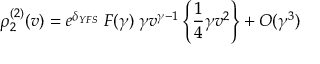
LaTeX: \rho _ { 2 } ^ { ( 2 ) } ( v ) = e ^ { \delta _ { Y F S } } \; F ( \gamma ) \; \gamma v ^ { \gamma - 1 } \left\{ { \frac { 1 } { 4 } } \gamma v ^ { 2 } \right\} + { \cal O } ( \gamma ^ { 3 } )